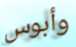
وأبوس